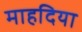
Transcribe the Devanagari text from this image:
माहदिया